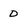
Character: D